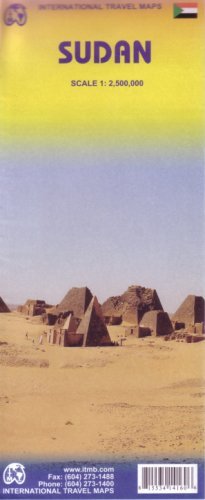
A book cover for By ITM Canada Sudan 1:2,500,000 Travel Map (International Travel Maps) (3rd Third Edition) [Map]; Travel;